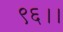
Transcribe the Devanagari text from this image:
९६।।